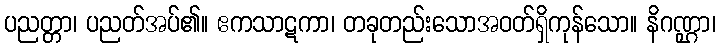
ပညတ္တာ၊ ပညတ်အပ်၏။ ဧကသာဋကာ၊ တခုတည်းသောအဝတ်ရှိကုန်သော။ နိဂဏ္ဌာ၊